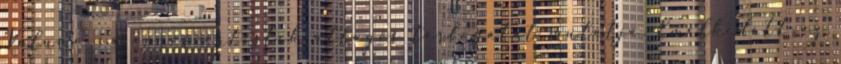
Volume : a vörösvértestek átlagos térfogatát mutatja. Emelkedett az